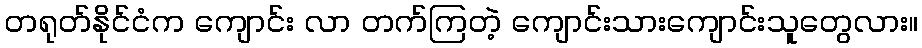
တရုတ်နိုင်ငံက ကျောင်း လာ တက်ကြတဲ့ ကျောင်းသားကျောင်းသူတွေလား။